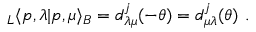
_ L \langle p , \lambda | p , \mu \rangle _ { B } = d _ { \lambda \mu } ^ { j } ( - \theta ) = d _ { \mu \lambda } ^ { j } ( \theta ) \ .